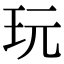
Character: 玩